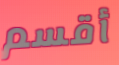
أقسم